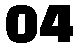
04